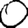
Digit: 0